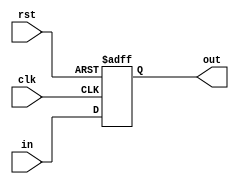
    module bit_5_reg (in , clk , rst , out);
input [4:0]in;
input clk;
input rst;
output reg [4:0]out;
always@(posedge rst or posedge clk)
begin
    if(rst)
        out <= 5'b 00000;
    else
        out <= in;
end
endmodule